Vaccination report Assam 1896-1927 - 1896-1927
Year: 1896
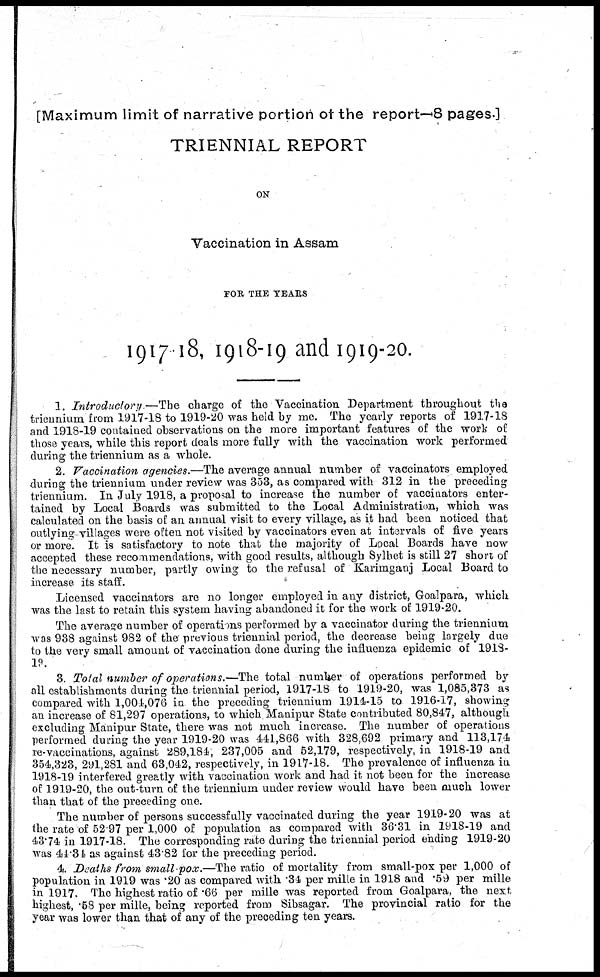
[Maximum limit of narrative portion of the report— 8 pages-]
TRIENNIAL REPORT
ON
Vaccination in Assam
FOR THE YEARS
1917-18, 1918-19 and 1919-20.
1. Introductory—The
charge of the Vaccination Department throughout the
triennium from 1917-18 to 1919-20 was held by me. The yearly reports of 1917-18
and 1918-19 contained observations on the more important features of the work of
those years, while this report deals more fully with the vaccination work performed
during the triennium as a whole.
2. Vaccination agencies.—The average annual number of vaccinators employed
during the triennium under review was 353, as compared with 312 in the preceding
triennium. In July 1918, a proposal to increase the number of vaccinators enter-
tained by Local Boards was submitted to the Local Administration, which was
calculated on the basis of an annual visit to every village, as it had been noticed that
outlying-villages were often not visited by vaccinators even at intervals of five years
or more. It is satisfactory to note that the majority of Local Boards have now
accepted these recommendations, with good results, although Sylhet is still 27 short of
the necessary number, partly owing to the refusal of Karimganj Local Board to
increase its staff.
Licensed vaccinators are no longer employed in any district, Goalpara, which
was the last to retain this system having abandoned it for the work of 1919-20.
The average number of operations performed by a vaccinator during the triennium
was 938 against 982 of the previous triennial period, the decrease being largely due
to the very small amount of vaccination done during the influenza epidemic of 1918-
19.
3. Total number of operations.—The total number of operations performed by
all establishments during the triennial period, 1917-18 to 1919-20, was 1,085,373 as
compared with 1,004,076 in the preceding triennium 1914-15 to 1916-17, showing
an increase of 81,297 operations, to which Manipur State contributed 80,847, although
excluding Manipur State, there was not much increase. The number of operations
performed during the year 1919-20 was 441,866 with 328,692 primary and 113,174
re-vaccinations, against 289,184, 237,005 and 52,179, respectively, in 1918-19 and
354,323, 291,281 and 63,042, respectively, in 1917-18. The prevalence of influenza in
1918-19 interfered greatly with vaccination work and had it not been for the increase
of 1919-20, the out-turn of the triennium under review would have been much lower
than that of the preceding one.
The number of persons successfully vaccinated during the year 1919-20 was at
the rate of 52.97 per 1,000 of population as compared with 36.31 in 1918-19 and
43.74 in 1917-18. The corresponding rate during the triennial period ending 1919-20
was 44.34 as against 43.82 for the preceding period.
4. Deaths from small pox.—The ratio of mortality from small-pox per 1,000 of
population in 1919 was .20 as compared with 34 per mille in 1918 and .59 per mille
in 1917. The highest ratio of .66 per mille was reported from Goalpara, the next
highest, .58 per mille, being reported from Sibsagar. The provincial ratio for the
year was lower than that of any of the preceding ten years.